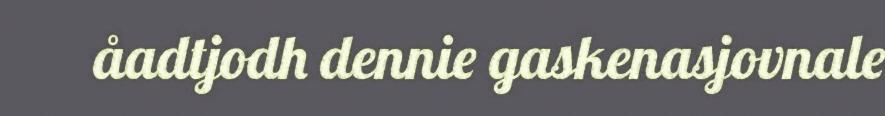
åadtjodh dennie gaskenasjovnale